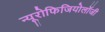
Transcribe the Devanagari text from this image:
न्यूरोफिजियोलॉजी